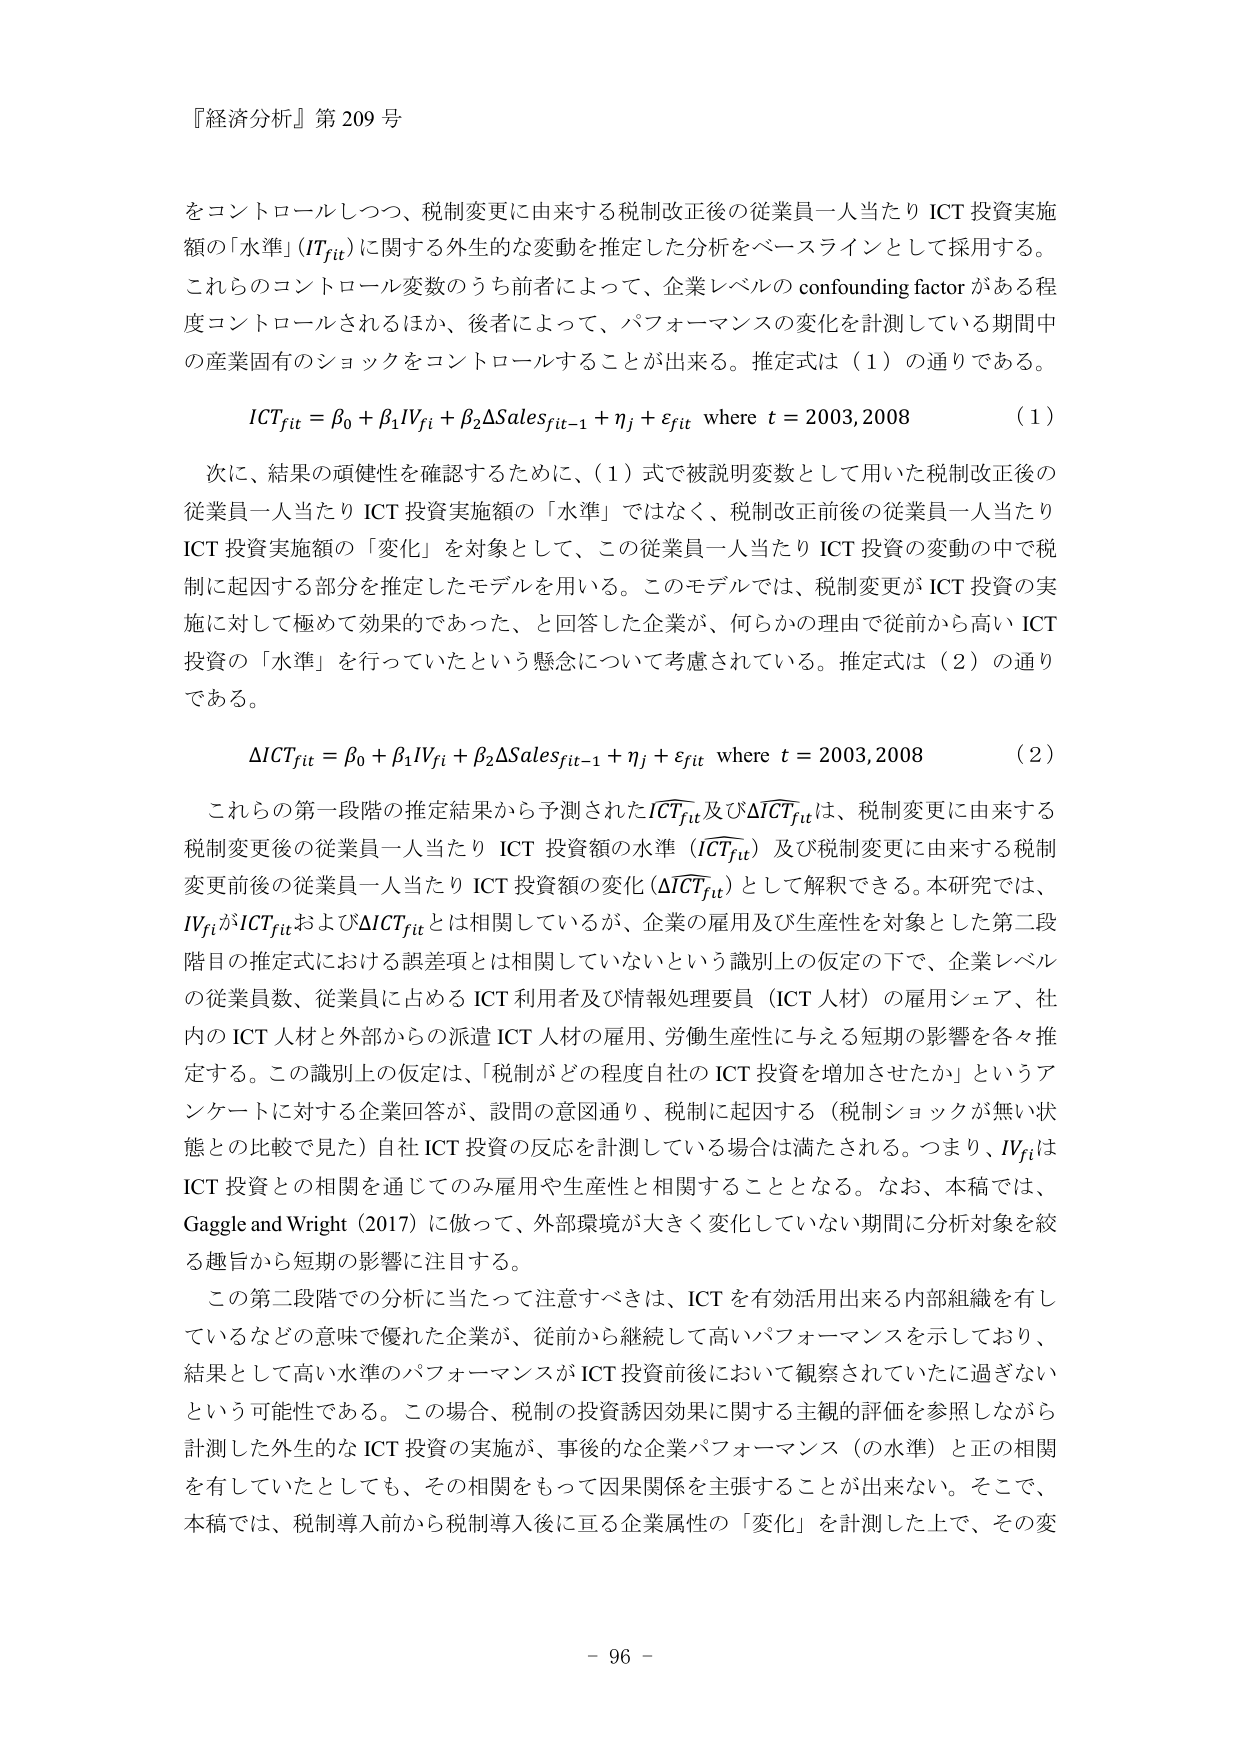
『経済分析』第209号

をコントロールしつつ、税制変更に由来する税制改正後の従業員一人当たり ICT 投資実施額の「水準」（ICTfit）に関する外生的な変動を推定した分析をベースラインとして採用する。これらのコントロール変数のうち前者によって、企業レベルの confounding factor がある程度コントロールされるほか、後者によって、パフォーマンスの変化を計測している期間中の産業固有のショックをコントロールすることが出来る。推定式は（1）の通りである。

ICTfit = β0 + β1IVfi + β2ΔSalesfit−1 + ηj + εfit where t = 2003,2008 （1）

次に、結果の頑健性を確認するために、（1）式で被説明変数として用いた税制改正後の従業員一人当たり ICT 投資実施額の「水準」ではなく、税制改正前後の従業員一人当たり ICT 投資実施額の「変化」を対象として、この従業員一人当たり ICT 投資の変動の中で税制に起因する部分を推定したモデルを用いる。このモデルでは、税制変更が ICT 投資の実施に対して極めて効果的であった、と回答した企業が、何らかの理由で従前から高い ICT 投資の「水準」を行っていたという懸念について考慮されている。推定式は（2）の通りである。

ΔICTfit = β0 + β1IVfi + β2ΔSalesfit−1 + ηj + εfit where t = 2003,2008 （2）

これらの第一段階の推定結果から予測されたICTfit及びΔICTfitは、税制変更に由来する税制変更後の従業員一人当たり ICT 投資額の水準（ICTfit）及び税制変更に由来する税制変更前後の従業員一人当たり ICT 投資額の変化（ΔICTfit）として解釈できる。本研究では、IVfiがICTfitおよびΔICTfitとは相関しているが、企業の雇用及び生産性を対象とした第二段階目の推定式における誤差項とは相関していないという識別上の仮定の下で、企業レベルの従業員数、従業員に占める ICT 利用者及び情報処理要員（ICT 人材）の雇用シェア、社内の ICT 人材と外部からの派遣 ICT 人材の雇用、労働生産性に与える短期の影響を各々推定する。この識別上の仮定は、「税制がどの程度自社の ICT 投資を増加させたか」というアンケートに対する企業回答が、設問の意図通り、税制に起因する（税制ショックが無い状態との比較で見た）自社 ICT 投資の反応を計測している場合は満たされる。つまり、IVfiはICT 投資との相関を通じてのみ雇用や生産性と相関することとなる。なお、本稿では、Gaggle and Wright（2017）に倣って、外部環境が大きく変化していない期間に分析対象を絞る趣旨から短期の影響に注目する。

この第二段階での分析に当たって注意すべきは、ICT を有効活用出来る内部組織を有しているなどの意味で優れた企業が、従前から継続して高いパフォーマンスを示しており、結果として高い水準のパフォーマンスが ICT 投資前後において観察されていたに過ぎないという可能性である。この場合、税制の投資誘因効果に関する主観的評価を参照しながら計測した外生的な ICT 投資の実施が、事後的な企業パフォーマンス（の水準）と正の相関を有していたとしても、その相関をもって因果関係を主張することが出来ない。そこで、本稿では、税制導入前から税制導入後に亘る企業属性の「変化」を計測した上で、その変

- 96 -